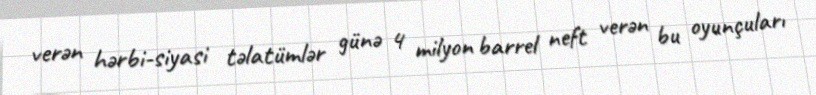
verən hərbi-siyasi təlatümlər günə 4 milyon barrel neft verən bu oyunçuları